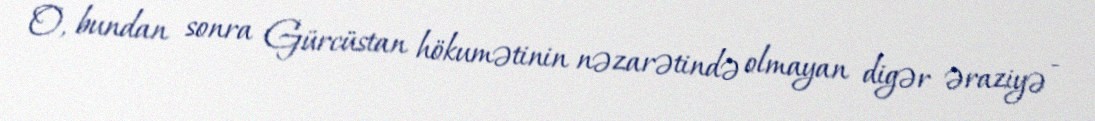
O, bundan sonra Gürcüstan hökumətinin nəzarətində olmayan digər əraziyə -